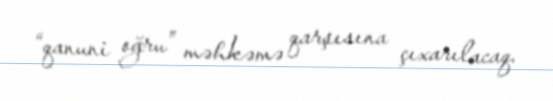
“qanuni oğru” məhkəmə qarşısına çıxarılacaq.